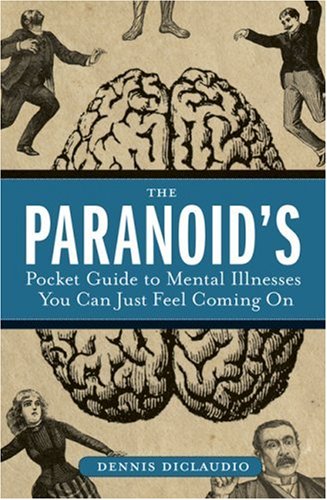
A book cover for The Paranoid's Pocket Guide to Mental Disorders You Can Just Feel Coming On; Dennis DiClaudio; Humor & Entertainment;